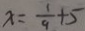
x = \frac { 1 } { 9 } + 5